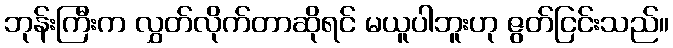
ဘုန်းကြီးက လွှတ်လိုက်တာဆိုရင် မယူပါဘူးဟု ဇွတ်ငြင်းသည်။